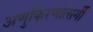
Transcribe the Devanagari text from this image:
अणुकिरणोत्सर्गी